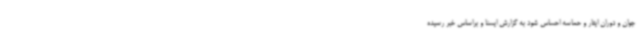
جوان و دوران ایثار و حماسه احساس شود به گزارش ایسنا و براساس خبر رسیده